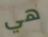
هي